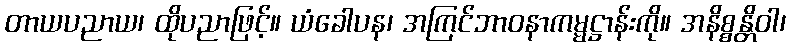
တာယပညာယ၊ ထိုပညာဖြင့်။ ယံခေါပန၊ အကြင်ဘာဝနာကမ္မဋ္ဌာန်းကို။ အနိစ္စန္တိဝါ၊